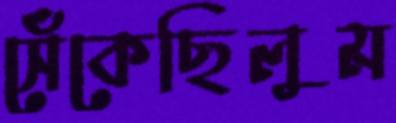
সেঁকেছিলুম